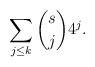
LaTeX: \begin{align*} \sum_{j \le k} \binom{s}{j} 4^{j}. \end{align*}